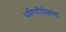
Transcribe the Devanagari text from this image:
धरिणीप्रेक्षणा